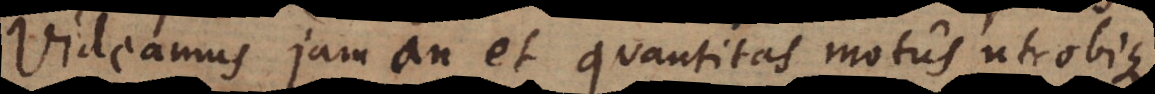
Videamus jam, an et quantitas motus utrobique